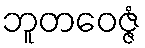
ဘူတဝေဇ္ဇံ